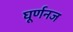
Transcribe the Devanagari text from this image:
घूर्णनज